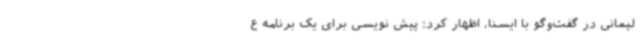
لیمانی در گفت‌وگو با ایسنا، اظهار کرد: پیش نویسی برای یک برنامه ع